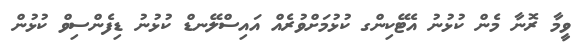
ވީމާ ރޮނާ މެން ކުޅުނު އެޓޭކިންގ ކުޅުމަށްވުރެއް އައިސްލޭނޑް ކުޅުނު ޑިފެންސިވް ކުޅުން